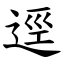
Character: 逕